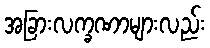
အခြားလက္ခဏာများလည်း